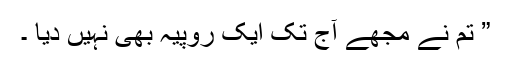
” تم نے مجھے آج تک ایک روپیہ بھی نہیں دیا ۔